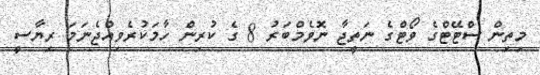
މިތިން ސްޓޭޓްގެ ވޯޓްގެ ނަތީޖާ ނޮވެމްބަރު 8 ގެ ކުރިން ހާމަކުރެވިއްޖެނަމަ ރިޔާސީ